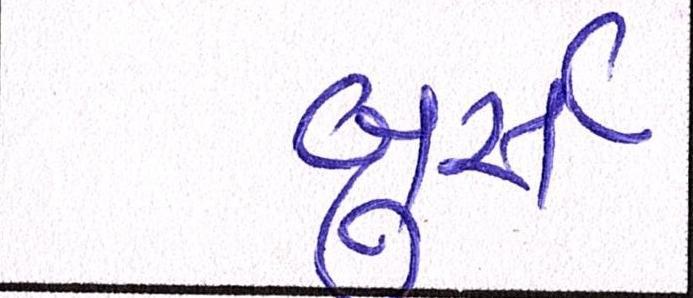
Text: બુર્સ